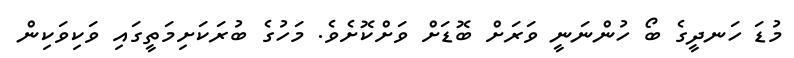
މުޑަ ހަނދީގެ ބޯ ހުންނަނީ ވަރަށް ބޮޑަށް ވަށްކޮށެވެ. މަހުގެ ބުރަކަށިމަތީގައި ވަކިވަކިން